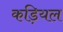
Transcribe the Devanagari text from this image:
कड़ियल